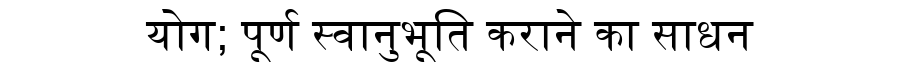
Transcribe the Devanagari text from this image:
योग; पूर्ण स्वानुभूति कराने का साधन